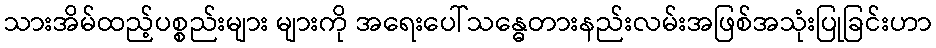
သားအိမ်ထည့်ပစ္စည်းများ များကို အရေးပေါ်သန္ဓေတားနည်းလမ်းအဖြစ်အသုံးပြုခြင်းဟာ